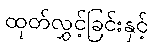
ထုတ်လွှင့်ခြင်းနှင့်